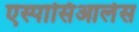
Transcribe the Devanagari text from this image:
एस्पासिआलेस